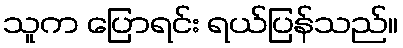
သူက ပြောရင်း ရယ်ပြန်သည်။